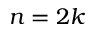
n = 2 k